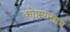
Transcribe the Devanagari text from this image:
कोष्ठपालाद्य